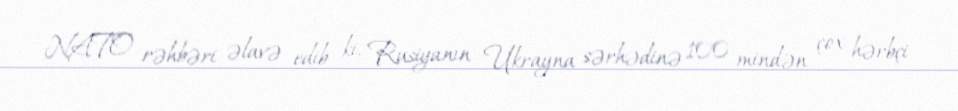
NATO rəhbəri əlavə edib ki, Rusiyanın Ukrayna sərhədinə 100 mindən çox hərbçi